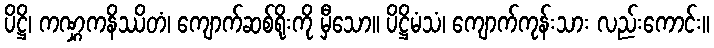
ပိဋ္ဌိ၊ ကဏ္ဋကနိဿိတံ၊ ကျောက်ဆစ်ရိုးကို မှီသော။ ပိဋ္ဌိမံသံ၊ ကျောက်ကုန်းသား လည်းကောင်း။